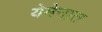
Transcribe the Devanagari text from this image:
येमेनात